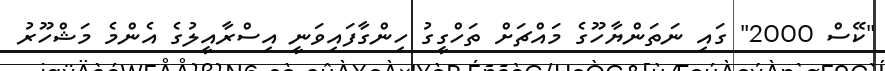
"ކޭސް 2000" ގައި ނަތަންޔާހޫގެ މައްޗަށް ތަހްގީގު ހިންގާފައިވަނީ އިސްރާއީލުގެ އެންމެ މަޝްހޫރު